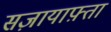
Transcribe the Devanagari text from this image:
सज़ायाफ़्ता